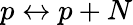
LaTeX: p\leftrightarrow p+N